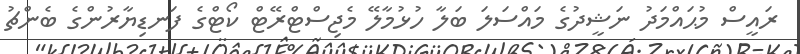
ރައީސް މުޙައްމަދު ނަޝީދުގެ މައްސަލަ ބަލާ ހުޅުމާލޭ މެޖިސްޓްރޭޓް ކޯޓްގެ ފަނޑިޔާރުންގެ ބެންޗު